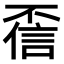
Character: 𫠻